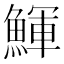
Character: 鯶